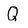
Character: Q